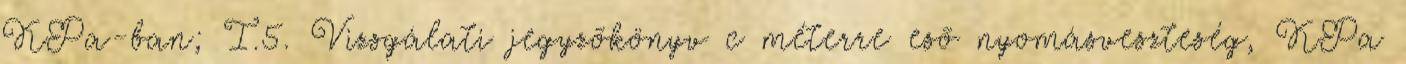
KPa-ban; I.5. Vizsgálati jegyzõkönyv c méterre esõ nyomásveszteség, KPa